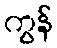
ကွန်